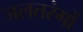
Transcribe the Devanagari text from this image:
जलतरंगों